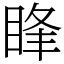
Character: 䀱